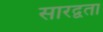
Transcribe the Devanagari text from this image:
सारद्वता